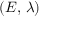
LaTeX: ( E , \, \lambda )